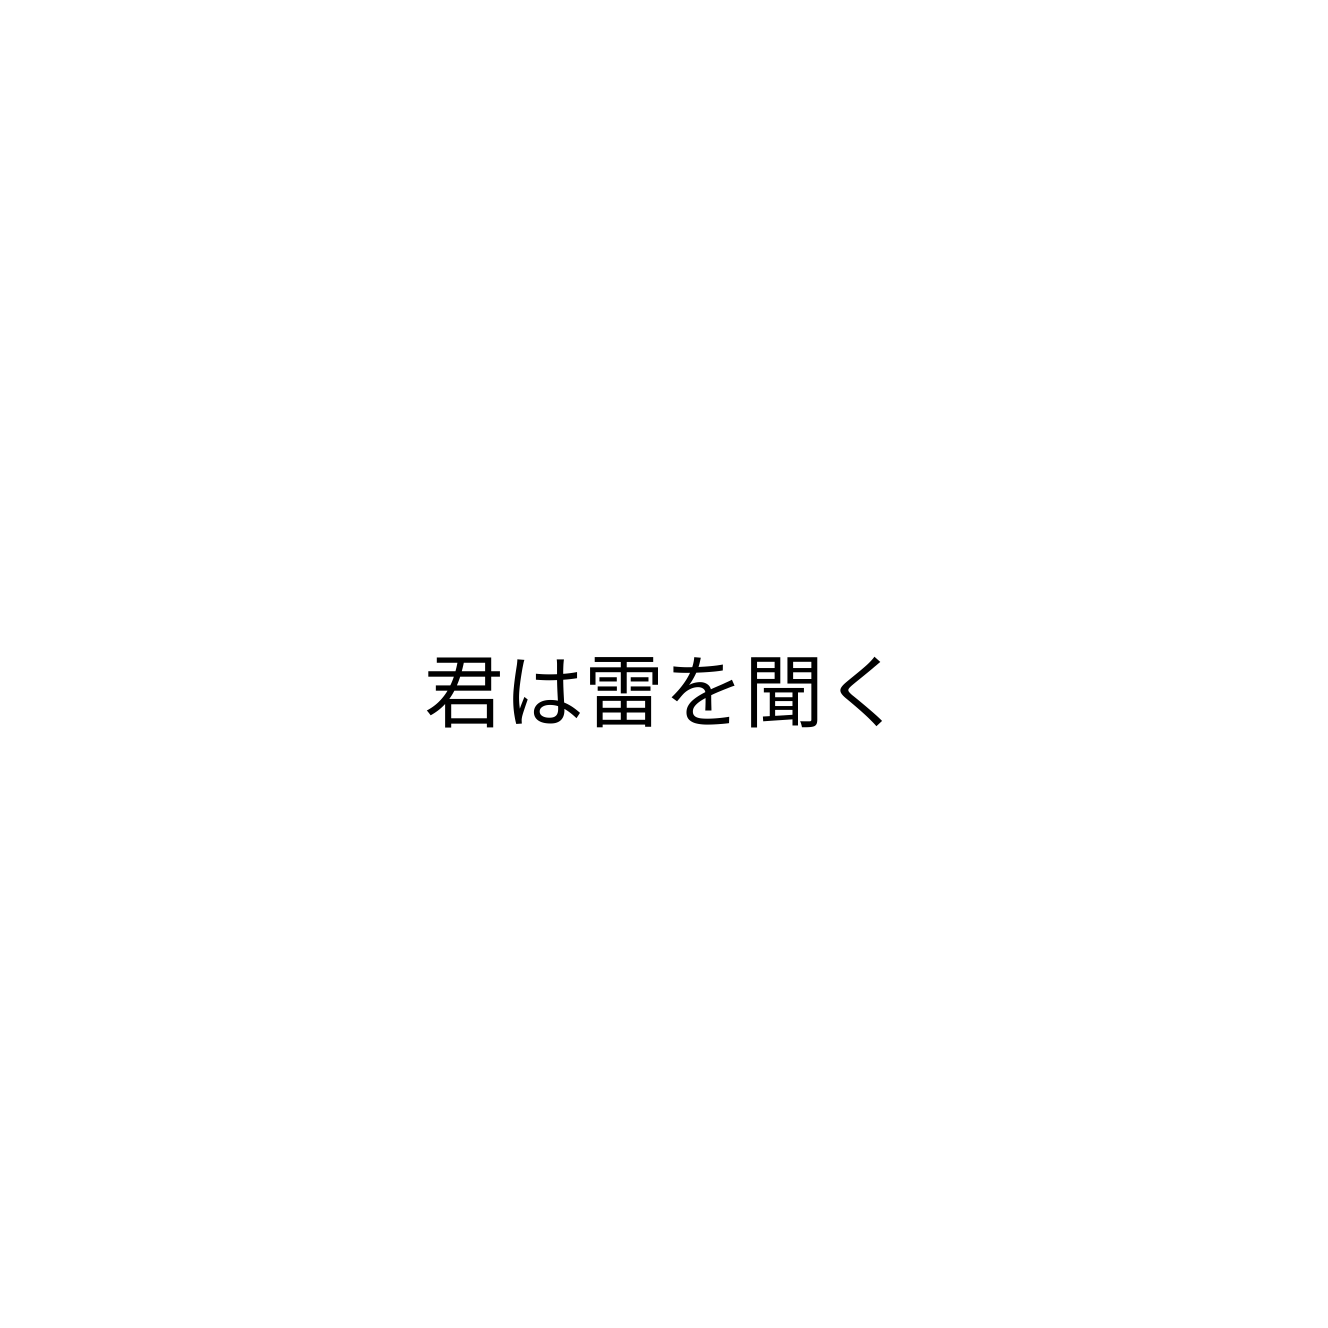
君は雷を聞く